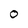
Character: 0